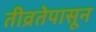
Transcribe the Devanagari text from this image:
तीव्रतेपासून